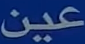
عين